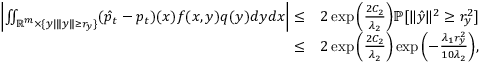
\begin{array} { r l } { \left| \iint _ { \mathbb { R } ^ { m } \times \{ y | \| y \| \geq r _ { y } \} } ( \hat { p } _ { t } - p _ { t } ) ( x ) f ( x , y ) q ( y ) d y d x \right| \leq } & { 2 \exp { \left( \frac { 2 C _ { 2 } } { \lambda _ { 2 } } \right) } \mathbb { P } [ \| \hat { y } \| ^ { 2 } \geq r _ { y } ^ { 2 } ] } \\ { \leq } & { 2 \exp { \left( \frac { 2 C _ { 2 } } { \lambda _ { 2 } } \right) } \exp { \left( - \frac { \lambda _ { 1 } r _ { y } ^ { 2 } } { 1 0 \lambda _ { 2 } } \right) } , } \end{array}